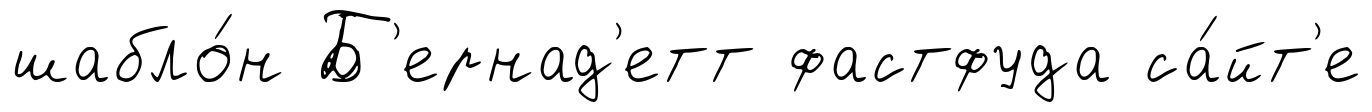
шабло́н Б'ернад'етт фастфуда са́йт'е